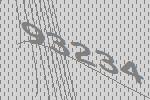
93234